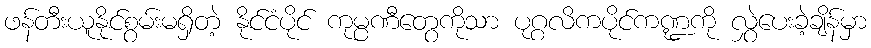
ဖန်တီးယူနိုင်စွမ်းမရှိတဲ့ နိုင်ငံပိုင် ကုမ္ပဏီတွေကိုသာ ပုဂ္ဂလိကပိုင်ကဏ္ဍကို လွှဲပေးခဲ့ချိန်မှာ